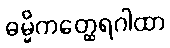
ဓမ္မိကတ္ထေရဂါထာ